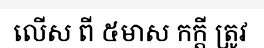
លើស ពី ៥មាស កក្តី ត្រូវ